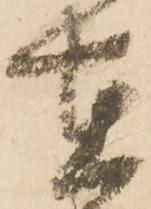
在